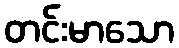
တင်းမာသော